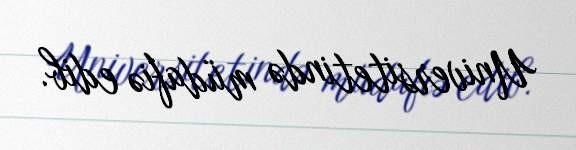
Universitetində müdafiə edib.